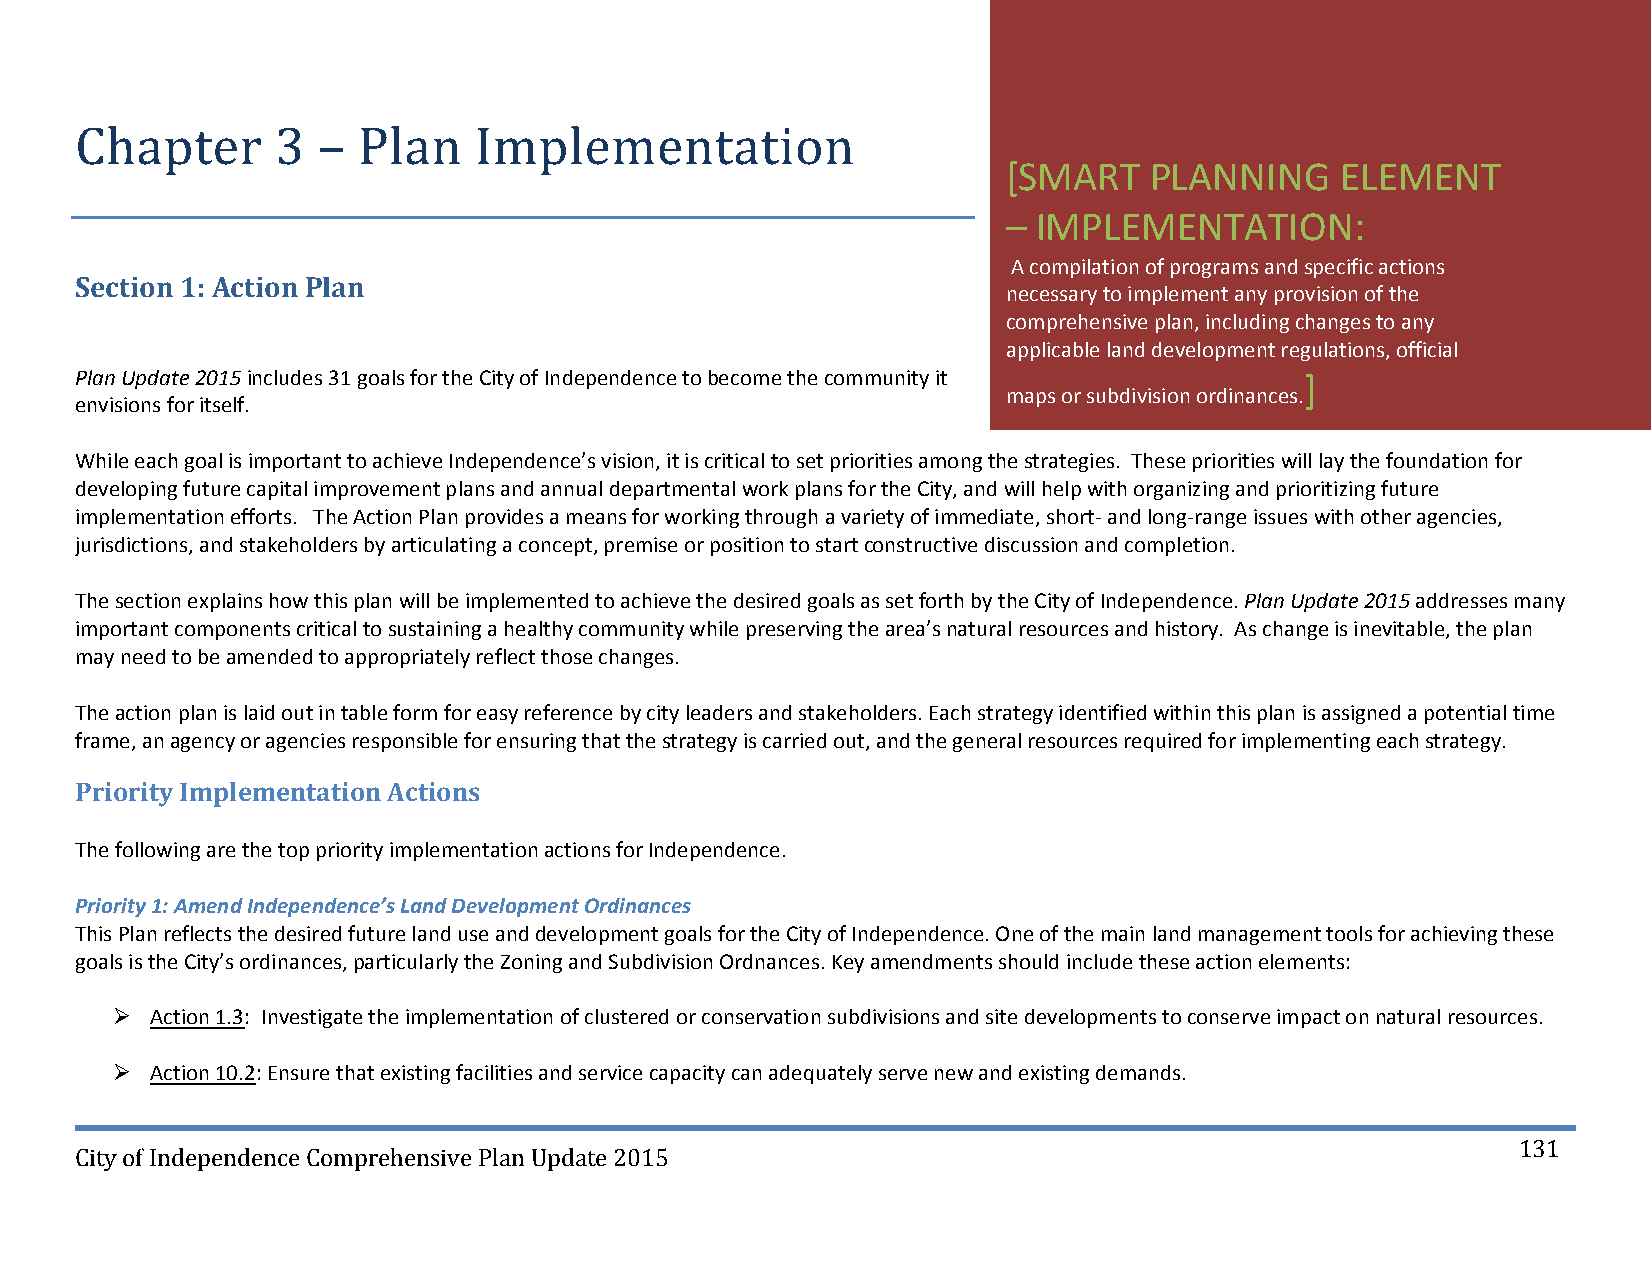
Chapter      3  –  Plan   Implementation
 [SMART   PLANNING     ELEMENT
 – IMPLEMENTATION:
 A compilation of programs and specific actions
 Section 1: Action Plan
 necessary to implement any provision of the
 comprehensive plan, including changes to any
 applicable land development regulations, official
 Plan Update 2015 includes 31 goals for the City of Independence to become the community it ]
 maps or subdivision ordinances.
 envisions for itself.
 While each goal is important to achieve Independence’s vision, it is critical to set priorities among the strategies. These priorities will lay the foundation for
 developing future capital improvement plans and annual departmental work plans for the City, and will help with organizing and prioritizing future
 implementation efforts. The Action Plan provides a means for working through a variety of immediate, short‐ and long‐range issues with other agencies,
 jurisdictions, and stakeholders by articulating a concept, premise or position to start constructive discussion and completion.
 The section explains how this plan will be implemented to achieve the desired goals as set forth by the City of Independence. Plan Update 2015 addresses many
 important components critical to sustaining a healthy community while preserving the area’s natural resources and history. As change is inevitable, the plan
 may need to be amended to appropriately reflect those changes.
 The action plan is laid out in table form for easy reference by city leaders and stakeholders. Each strategy identified within this plan is assigned a potential time
 frame, an agency or agencies responsible for ensuring that the strategy is carried out, and the general resources required for implementing each strategy.
 Priority Implementation Actions
 The following are the top priority implementation actions for Independence.
 Priority 1: Amend Independence’s Land Development Ordinances
 This Plan reflects the desired future land use and development goals for the City of Independence. One of the main land management tools for achieving these
 goals is the City’s ordinances, particularly the Zoning and Subdivision Ordnances. Key amendments should include these action elements:
   Action 1.3: Investigate the implementation of clustered or conservation subdivisions and site developments to conserve impact on natural resources.
   Action 10.2: Ensure that existing facilities and service capacity can adequately serve new and existing demands.
 131
 City of Independence Comprehensive Plan Update 2015